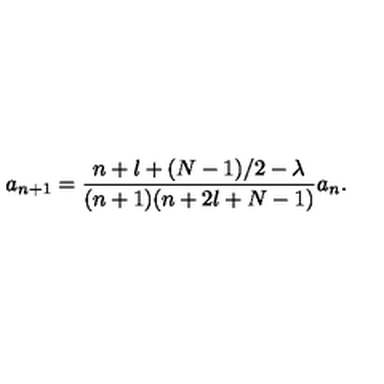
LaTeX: a _ { n + 1 } = \frac { n + l + ( N - 1 ) / 2 - \lambda } { ( n + 1 ) ( n + 2 l + N - 1 ) } a _ { n } .